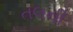
તલની